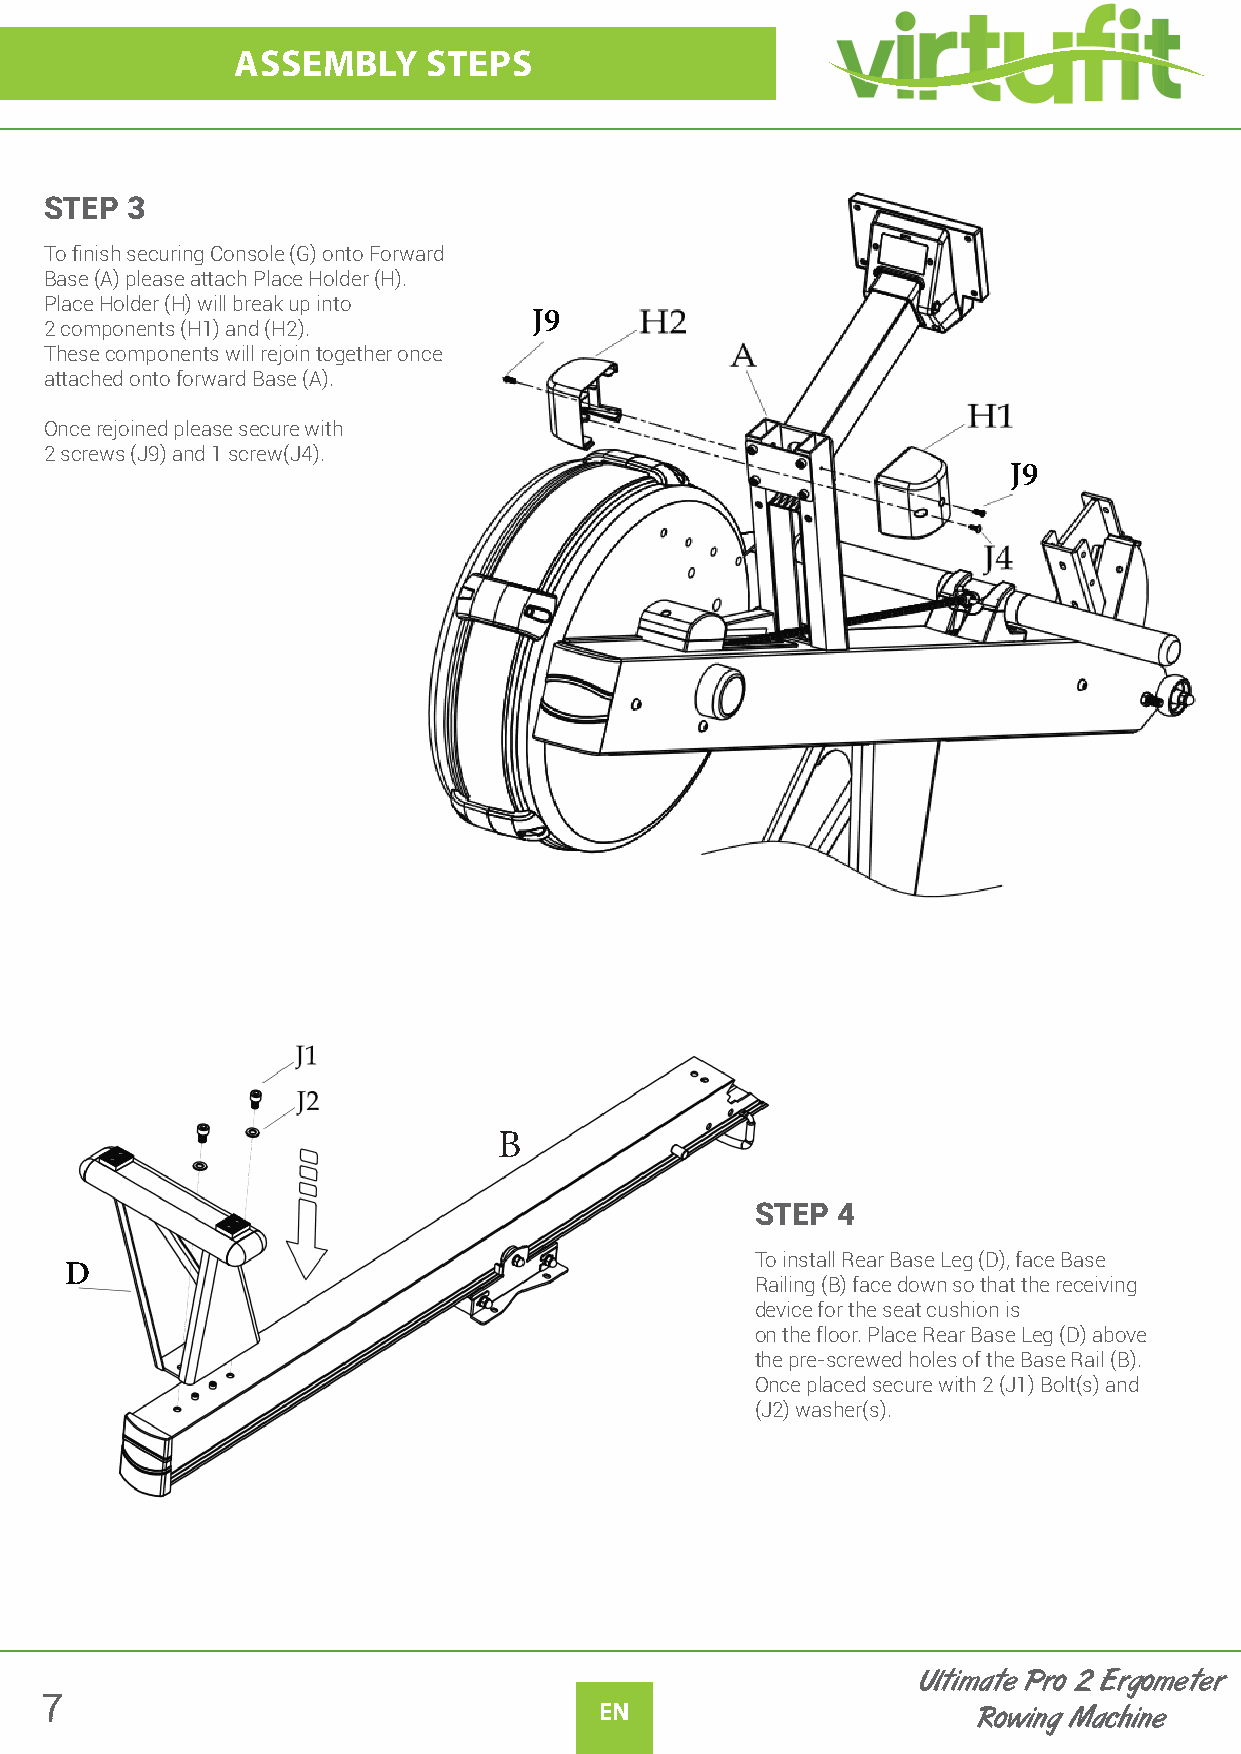
ASSEMBLY    STEPS
 STEP 3
 To finish securing Console (G) onto Forward
 Base (A) please attach Place Holder (H).
 Place Holder (H) will break up into
 J9
 2 components (H1) and (H2).
 These components will rejoin together once
 attached onto forward Base (A).
 Once rejoined please secure with
 2 screws (J9) and 1 screw(J4).
 J9
 B
 STEP 4
 To install Rear Base Leg (D), face Base
 D
 Railing (B) face down so that the receiving
 device for the seat cushion is
 on the floor. Place Rear Base Leg (D) above
 the pre-screwed holes of the Base Rail (B).
 Once placed secure with 2 (J1) Bolt(s) and
 (J2) washer(s).
 Ultimate Pro 2 Ergometer
 7
 EN                       Rowing Machine